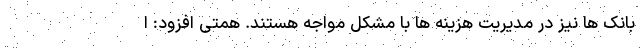
بانک ها نیز در مدیریت هزینه ها با مشکل مواجه هستند. همتی افزود: ا